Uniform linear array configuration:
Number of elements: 64
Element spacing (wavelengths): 0.75
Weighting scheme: blackman
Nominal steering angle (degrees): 60
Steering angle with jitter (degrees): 59.549
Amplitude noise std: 0.05
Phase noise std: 0.05

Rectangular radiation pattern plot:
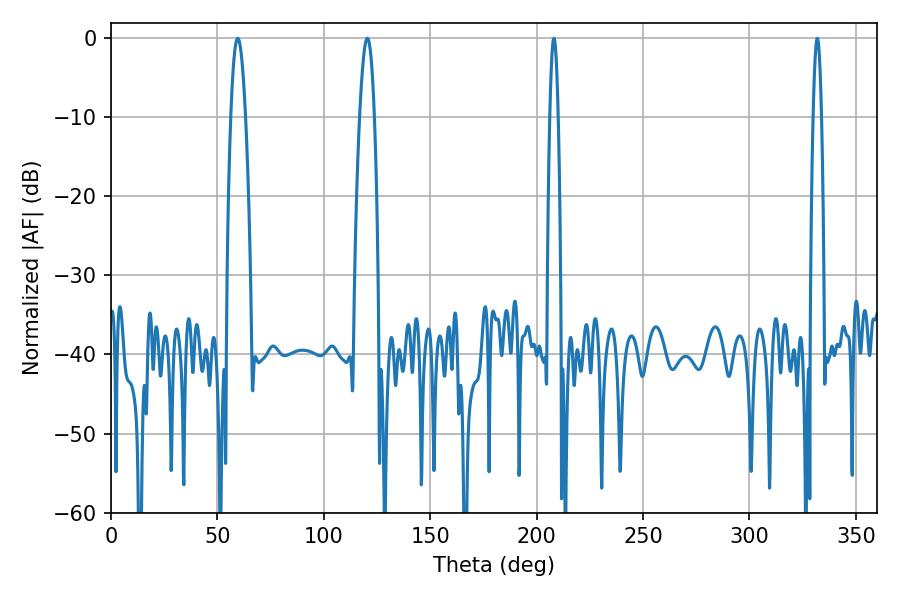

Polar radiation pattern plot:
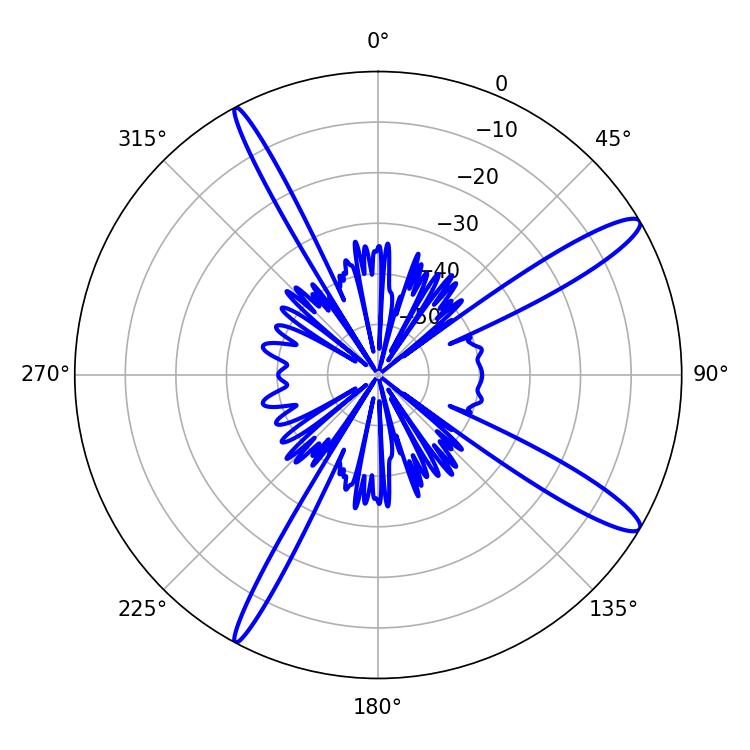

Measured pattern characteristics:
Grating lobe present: TRUE
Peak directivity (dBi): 13.699
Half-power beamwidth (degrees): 3.78
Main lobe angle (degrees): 59.58